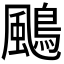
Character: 𩘲